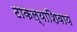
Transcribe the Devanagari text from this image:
टाकल्याशिवाय